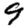
Digit: 9